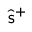
\hat { \mathsf { s } } ^ { + }